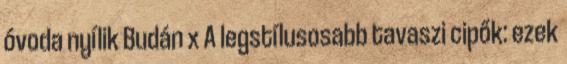
óvoda nyílik Budán x A legstílusosabb tavaszi cipők: ezek